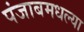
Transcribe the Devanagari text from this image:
पंजाबमधल्या